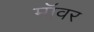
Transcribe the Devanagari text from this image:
मॉवर